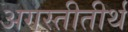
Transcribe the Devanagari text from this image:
अगस्तीतीर्थ